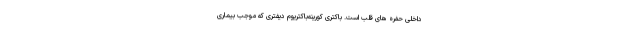
داخلی حفره های قلب است. باکتری کورینه‌باکتریوم دیفتری که موجب بیماری